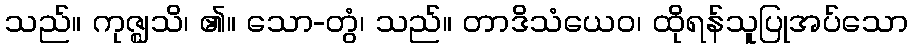
သည်။ ကုဇ္ဈသိ၊ ၏။ သော-တွံ၊ သည်။ တာဒိသံယေဝ၊ ထိုရန်သူပြုအပ်သော